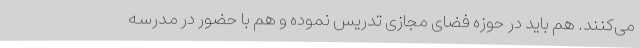
می‌کنند. هم باید در حوزه فضای مجازی تدریس نموده و هم با حضور در مدرسه